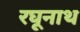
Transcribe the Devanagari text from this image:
रघूनाथ